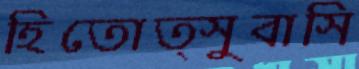
হিতোত্সুবাসি